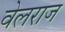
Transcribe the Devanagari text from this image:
वेलराज